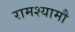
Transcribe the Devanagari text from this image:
रामश्यामौ